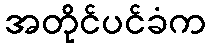
အတိုင်ပင်ခံက